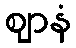
ဈာနံ